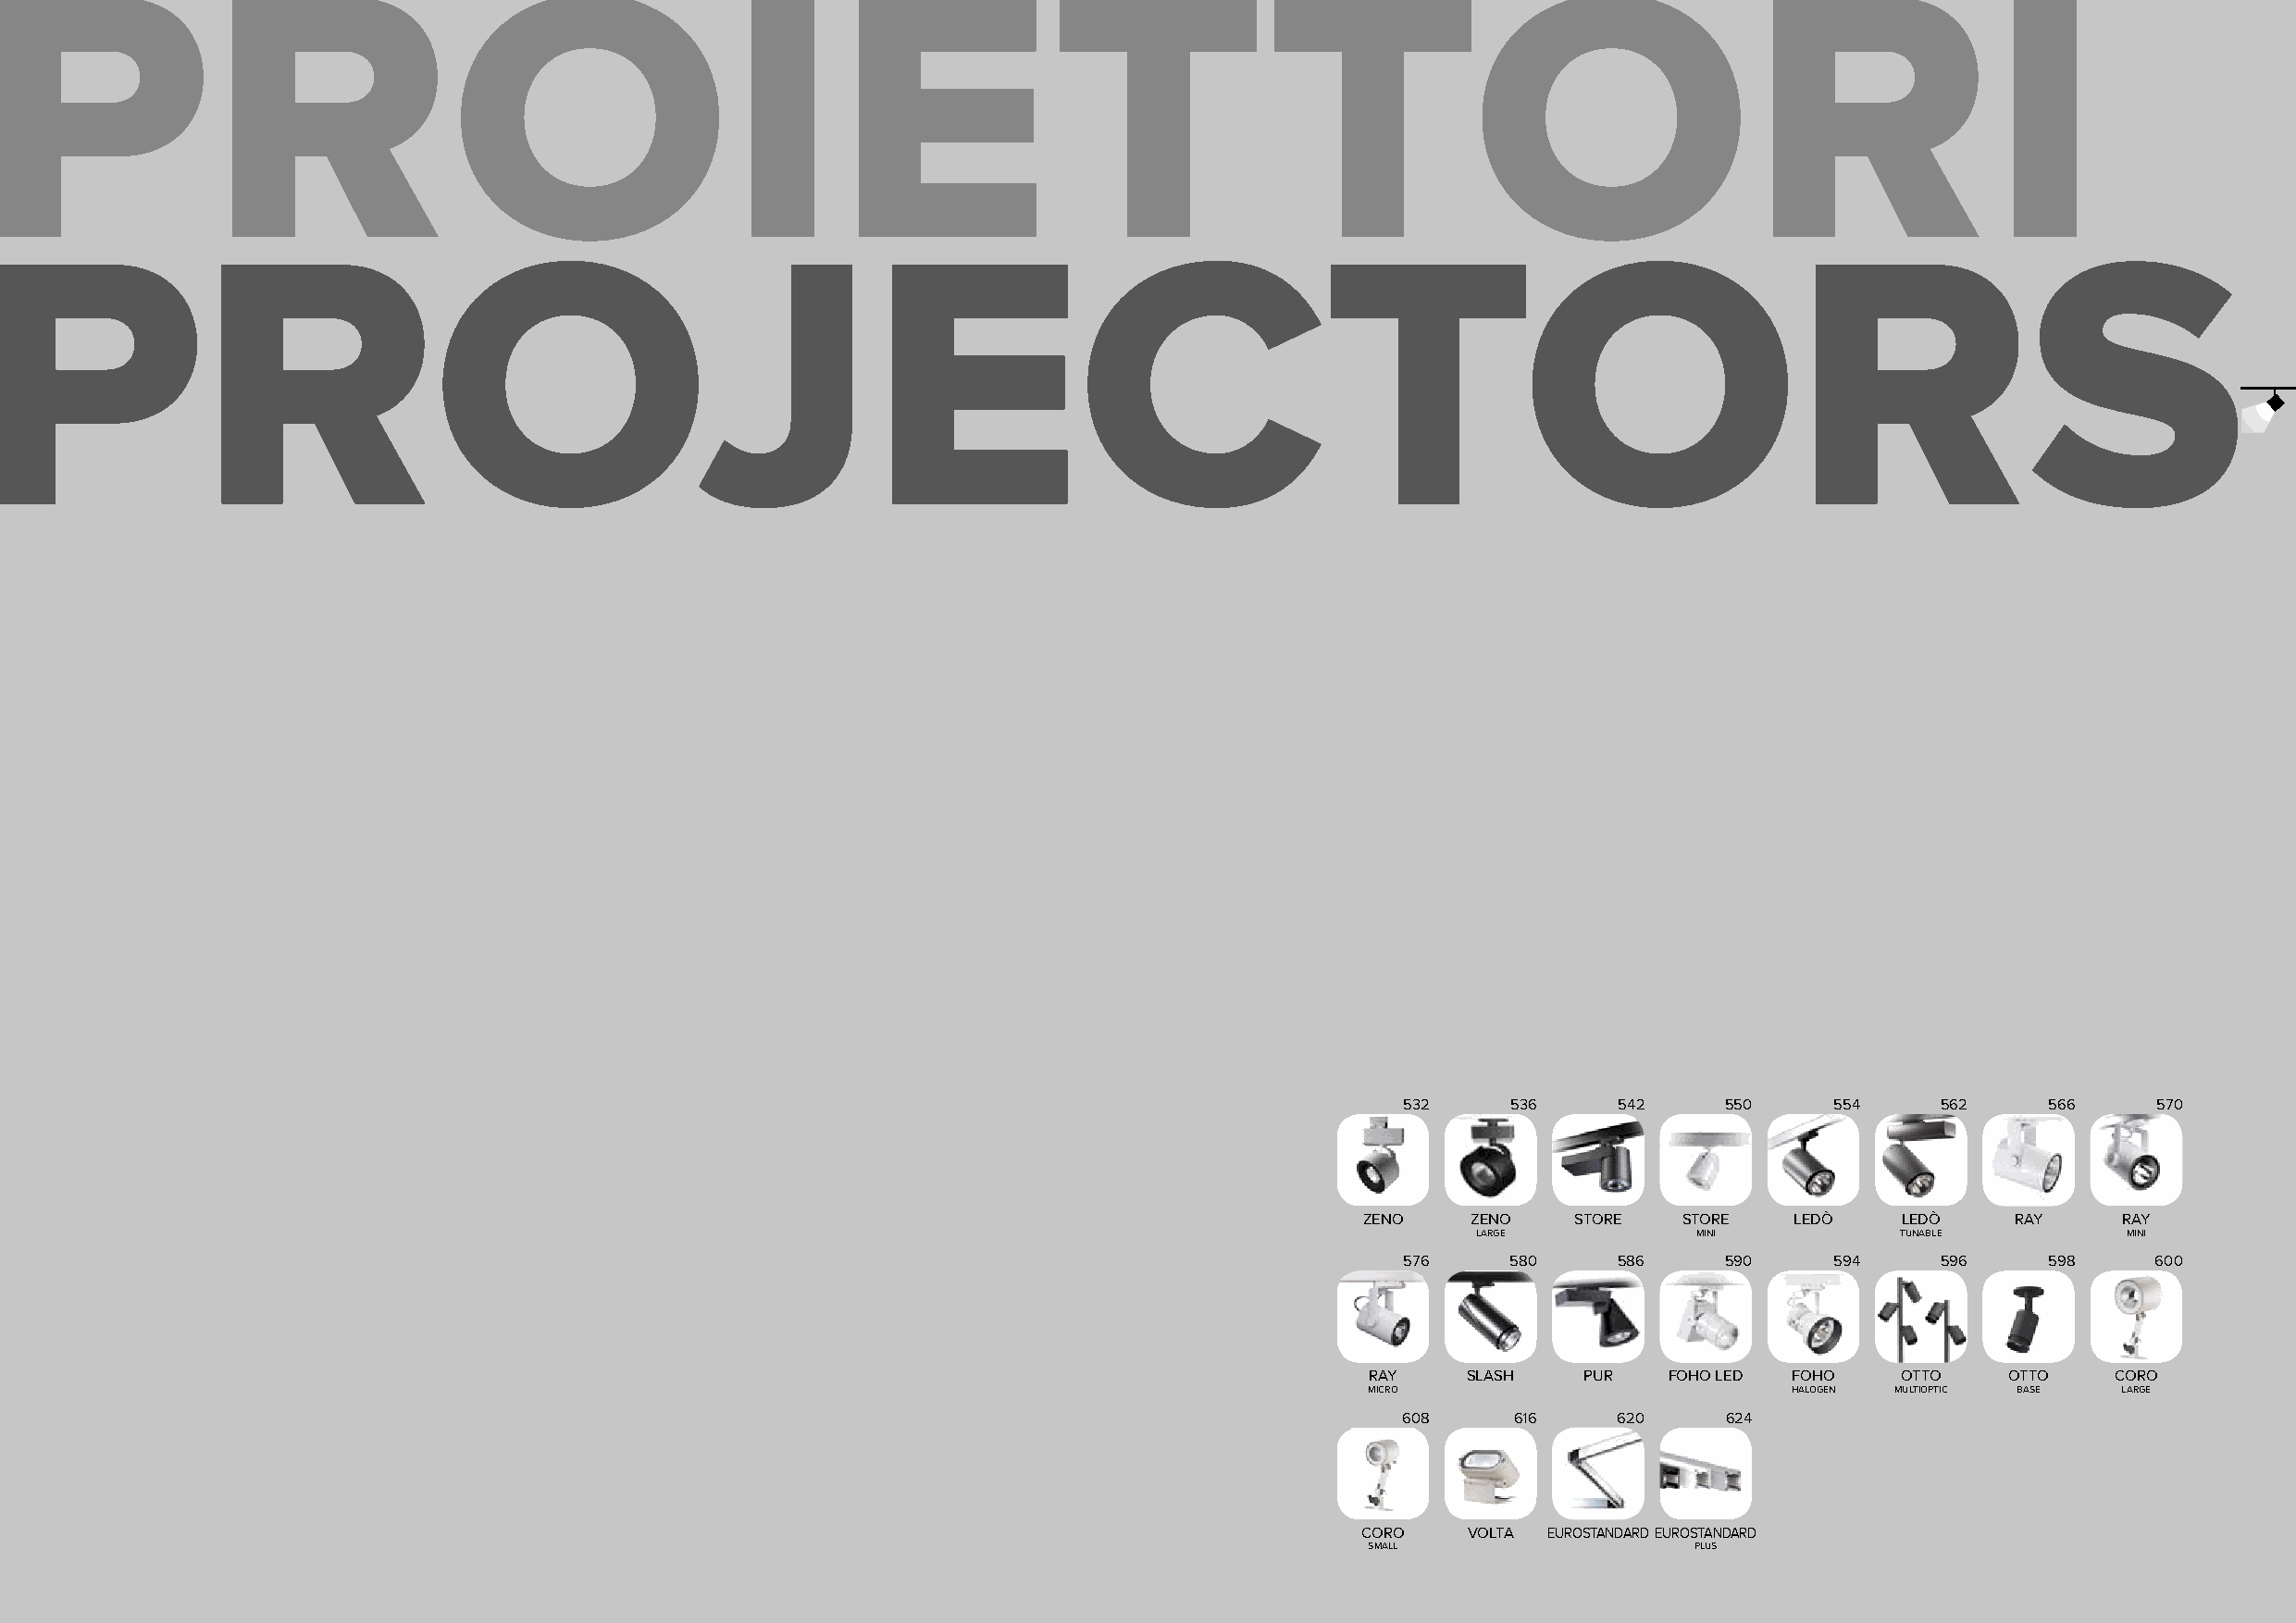
PROIETTORI
 PROJECTORS
 532     536     542    550     554     562    566     570
 ZENO    ZENO    STORE  STORE   LEDÒ    LEDÒ    RAY     RAY
 LARGE          MINI           TUNABLE         MINI
 576     580     586    590     594     596    598     600
 RAY    SLASH   PUR   FOHO LED FOHO    OTTO    OTTO   CORO
 MICRO                         HALOGEN MULTIOPTIC BASE LARGE
 608     616     620    624
 CORO    VOLTA EUROSTANDARDEUROSTANDARD
 SMALL                  PLUS